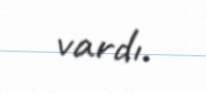
vardı.